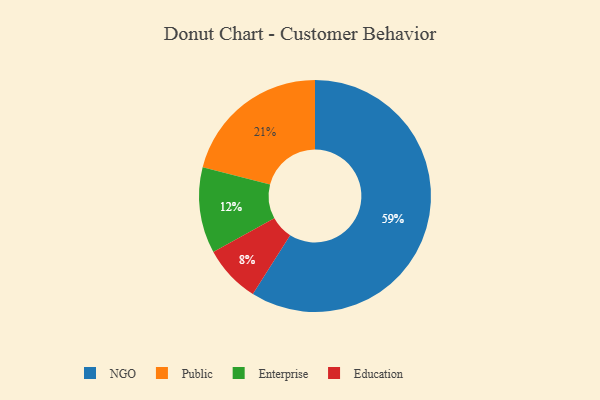
{"axis": {"x": "Category", "y": "Percentage"}, "legend": ["Education", "Enterprise", "NGO", "Public"], "data": [{"x": "NGO", "y": 59, "type": "NGO"}, {"x": "Public", "y": 21, "type": "Public"}, {"x": "Education", "y": 8, "type": "Education"}, {"x": "Enterprise", "y": 12, "type": "Enterprise"}]}